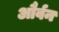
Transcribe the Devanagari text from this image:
और्वन